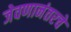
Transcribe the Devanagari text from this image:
जेवणानंतरचे